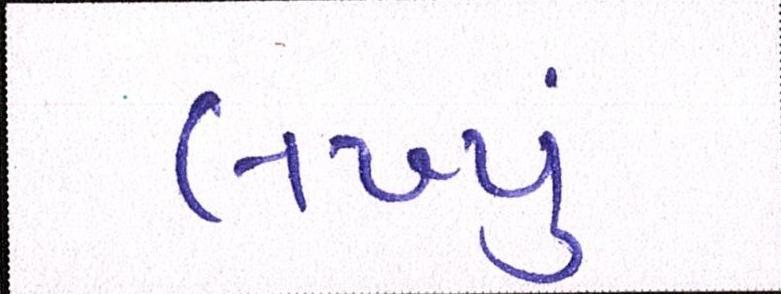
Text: લખ્યુ